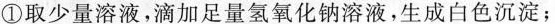
①取少量溶液，滴加足量氢氧化钠溶液，生成白色沉淀；